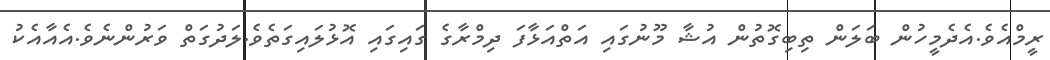
ރީމްއެވެ.އެދެމީހުން ބަލަން ތިބިގޮތުން އުޝާ މޫނުގައި އަތްއަޅާފަ ދިމްރާގެ ގައިގައި އޮޅުލައިގަތެވެ.ލަދުގަތް ވަރުންނެވެ.އެއާއެކު